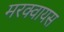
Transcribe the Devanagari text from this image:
मरक्वायस